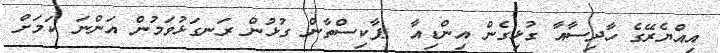
އިއްޔެރޭގެ ހާދިސާއާ ގުޅިގެން އިންޑިއާ  ޕާކިސްތާން ގުޅުން ރަނގަޅުވަމުން އަންނަ ކަމަށް